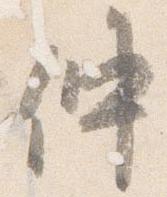
仲